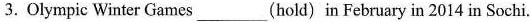
3. Olympic Winter Games ___ (hold) in February in 2014 in Sochi.